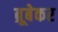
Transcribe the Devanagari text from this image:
ब्रूबेकर